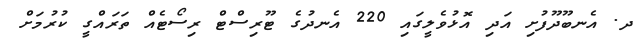
ދ. އެނބޫދޫފުށި އަދި އޮޅުވެލީގައި 220 އެނދުގެ ޓޫރިސްޓް ރިސޯޓެއް ތަރައްގީ ކުރުމަށް